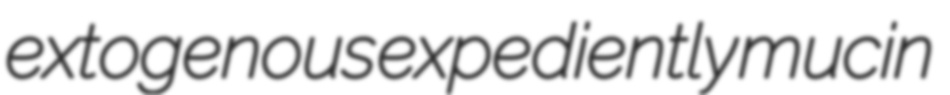
extogenous expediently mucin